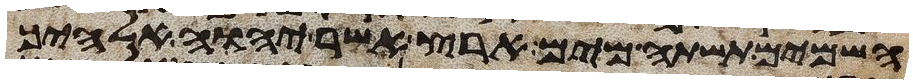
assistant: השמים תשתה מים ארץ אשר יהוה אלהיך